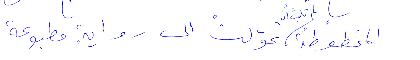
المخطوطة لم تلبث ان تحوّلت الى رواية مطبوعة